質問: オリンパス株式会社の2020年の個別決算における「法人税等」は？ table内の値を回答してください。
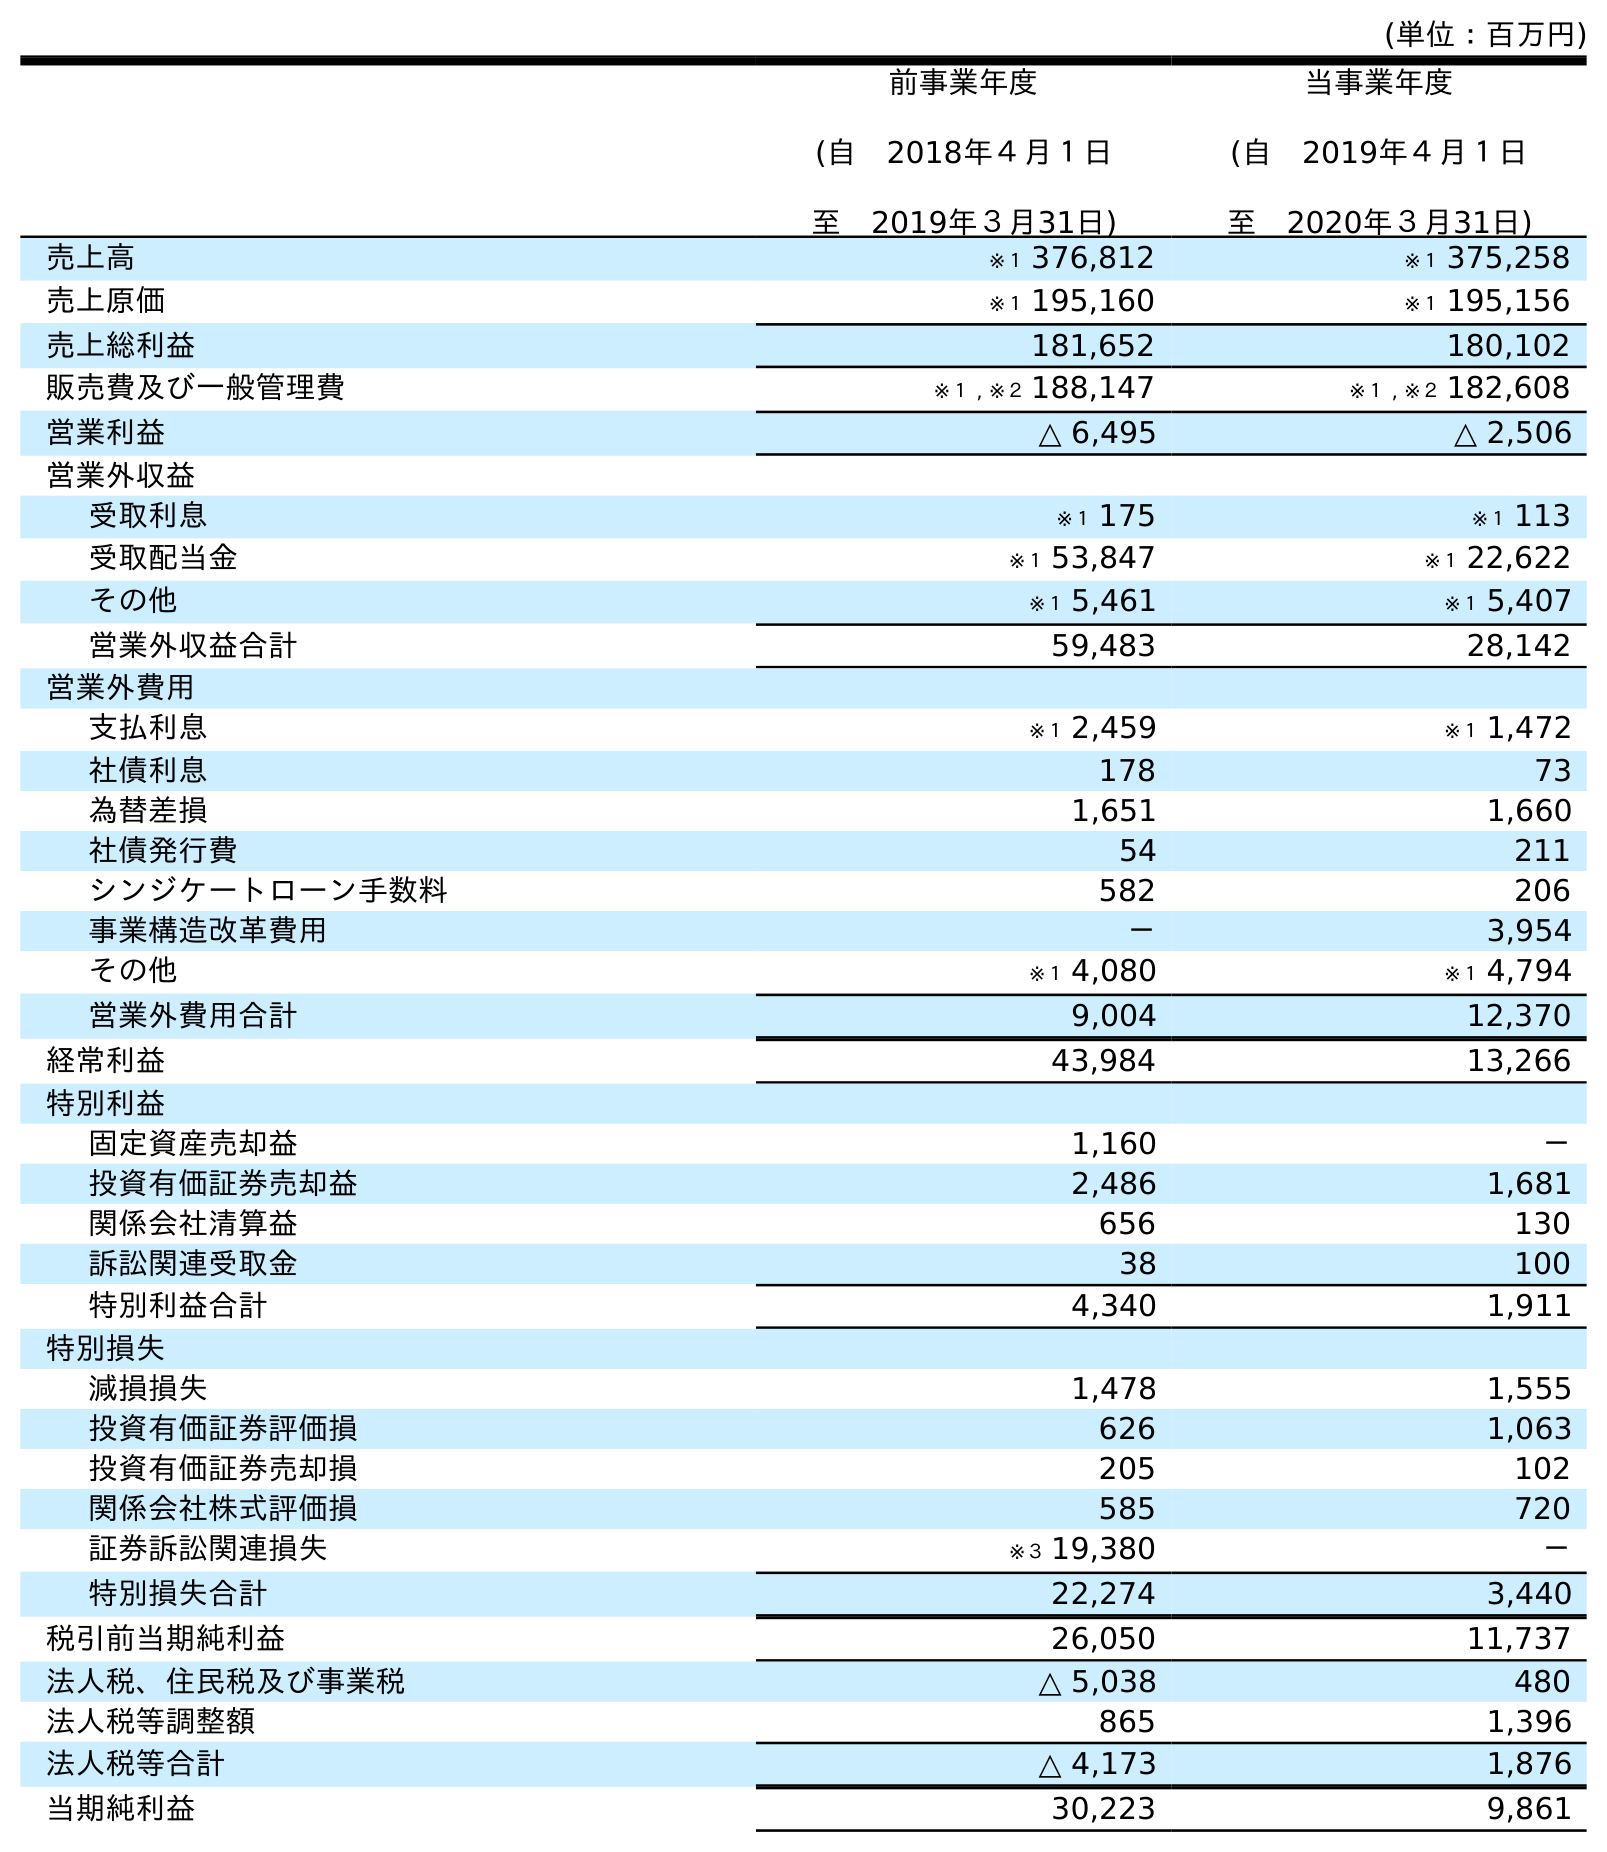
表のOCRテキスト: (単位：百万円) 前事業年度 (自 2018年４月１日 至 2019年３月31日) 当事業年度 (自 2019年４月１日 至 2020年３月31日) 売上高 ※１ 376,812 ※１ 375,258 売上原価 ※１ 195,160 ※１ 195,156 売上総利益 181,652 180,102 販売費及び一般管理費 ※１ , ※２ 188,147 ※１ , ※２ 182,608 営業利益 △ 6,495 △ 2,506 営業外収益 受取利息 ※１ 175 ※１ 113 受取配当金 ※１ 53,847 ※１ 22,622 その他 ※１ 5,461 ※１ 5,407 営業外収益合計 59,483 28,142 営業外費用 支払利息 ※１ 2,459 ※１ 1,472 社債利息 178 73 為替差損 1,651 1,660 社債発行費 54 211 シンジケートローン手数料 582 206 事業構造改革費用 － 3,954 その他 ※１ 4,080 ※１ 4,794 営業外費用合計 9,004 12,370 経常利益 43,984 13,266 特別利益 固定資産売却益 1,160 － 投資有価証券売却益 2,486 1,681 関係会社清算益 656 130 訴訟関連受取金 38 100 特別利益合計 4,340 1,911 特別損失 減損損失 1,478 1,555 投資有価証券評価損 626 1,063 投資有価証券売却損 205 102 関係会社株式評価損 585 720 証券訴訟関連損失 ※３ 19,380 － 特別損失合計 22,274 3,440 税引前当期純利益 26,050 11,737 法人税、住民税及び事業税 △ 5,038 480 法人税等調整額 865 1,396 法人税等合計 △ 4,173 1,876 当期純利益 30,223 9,861
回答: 1,876